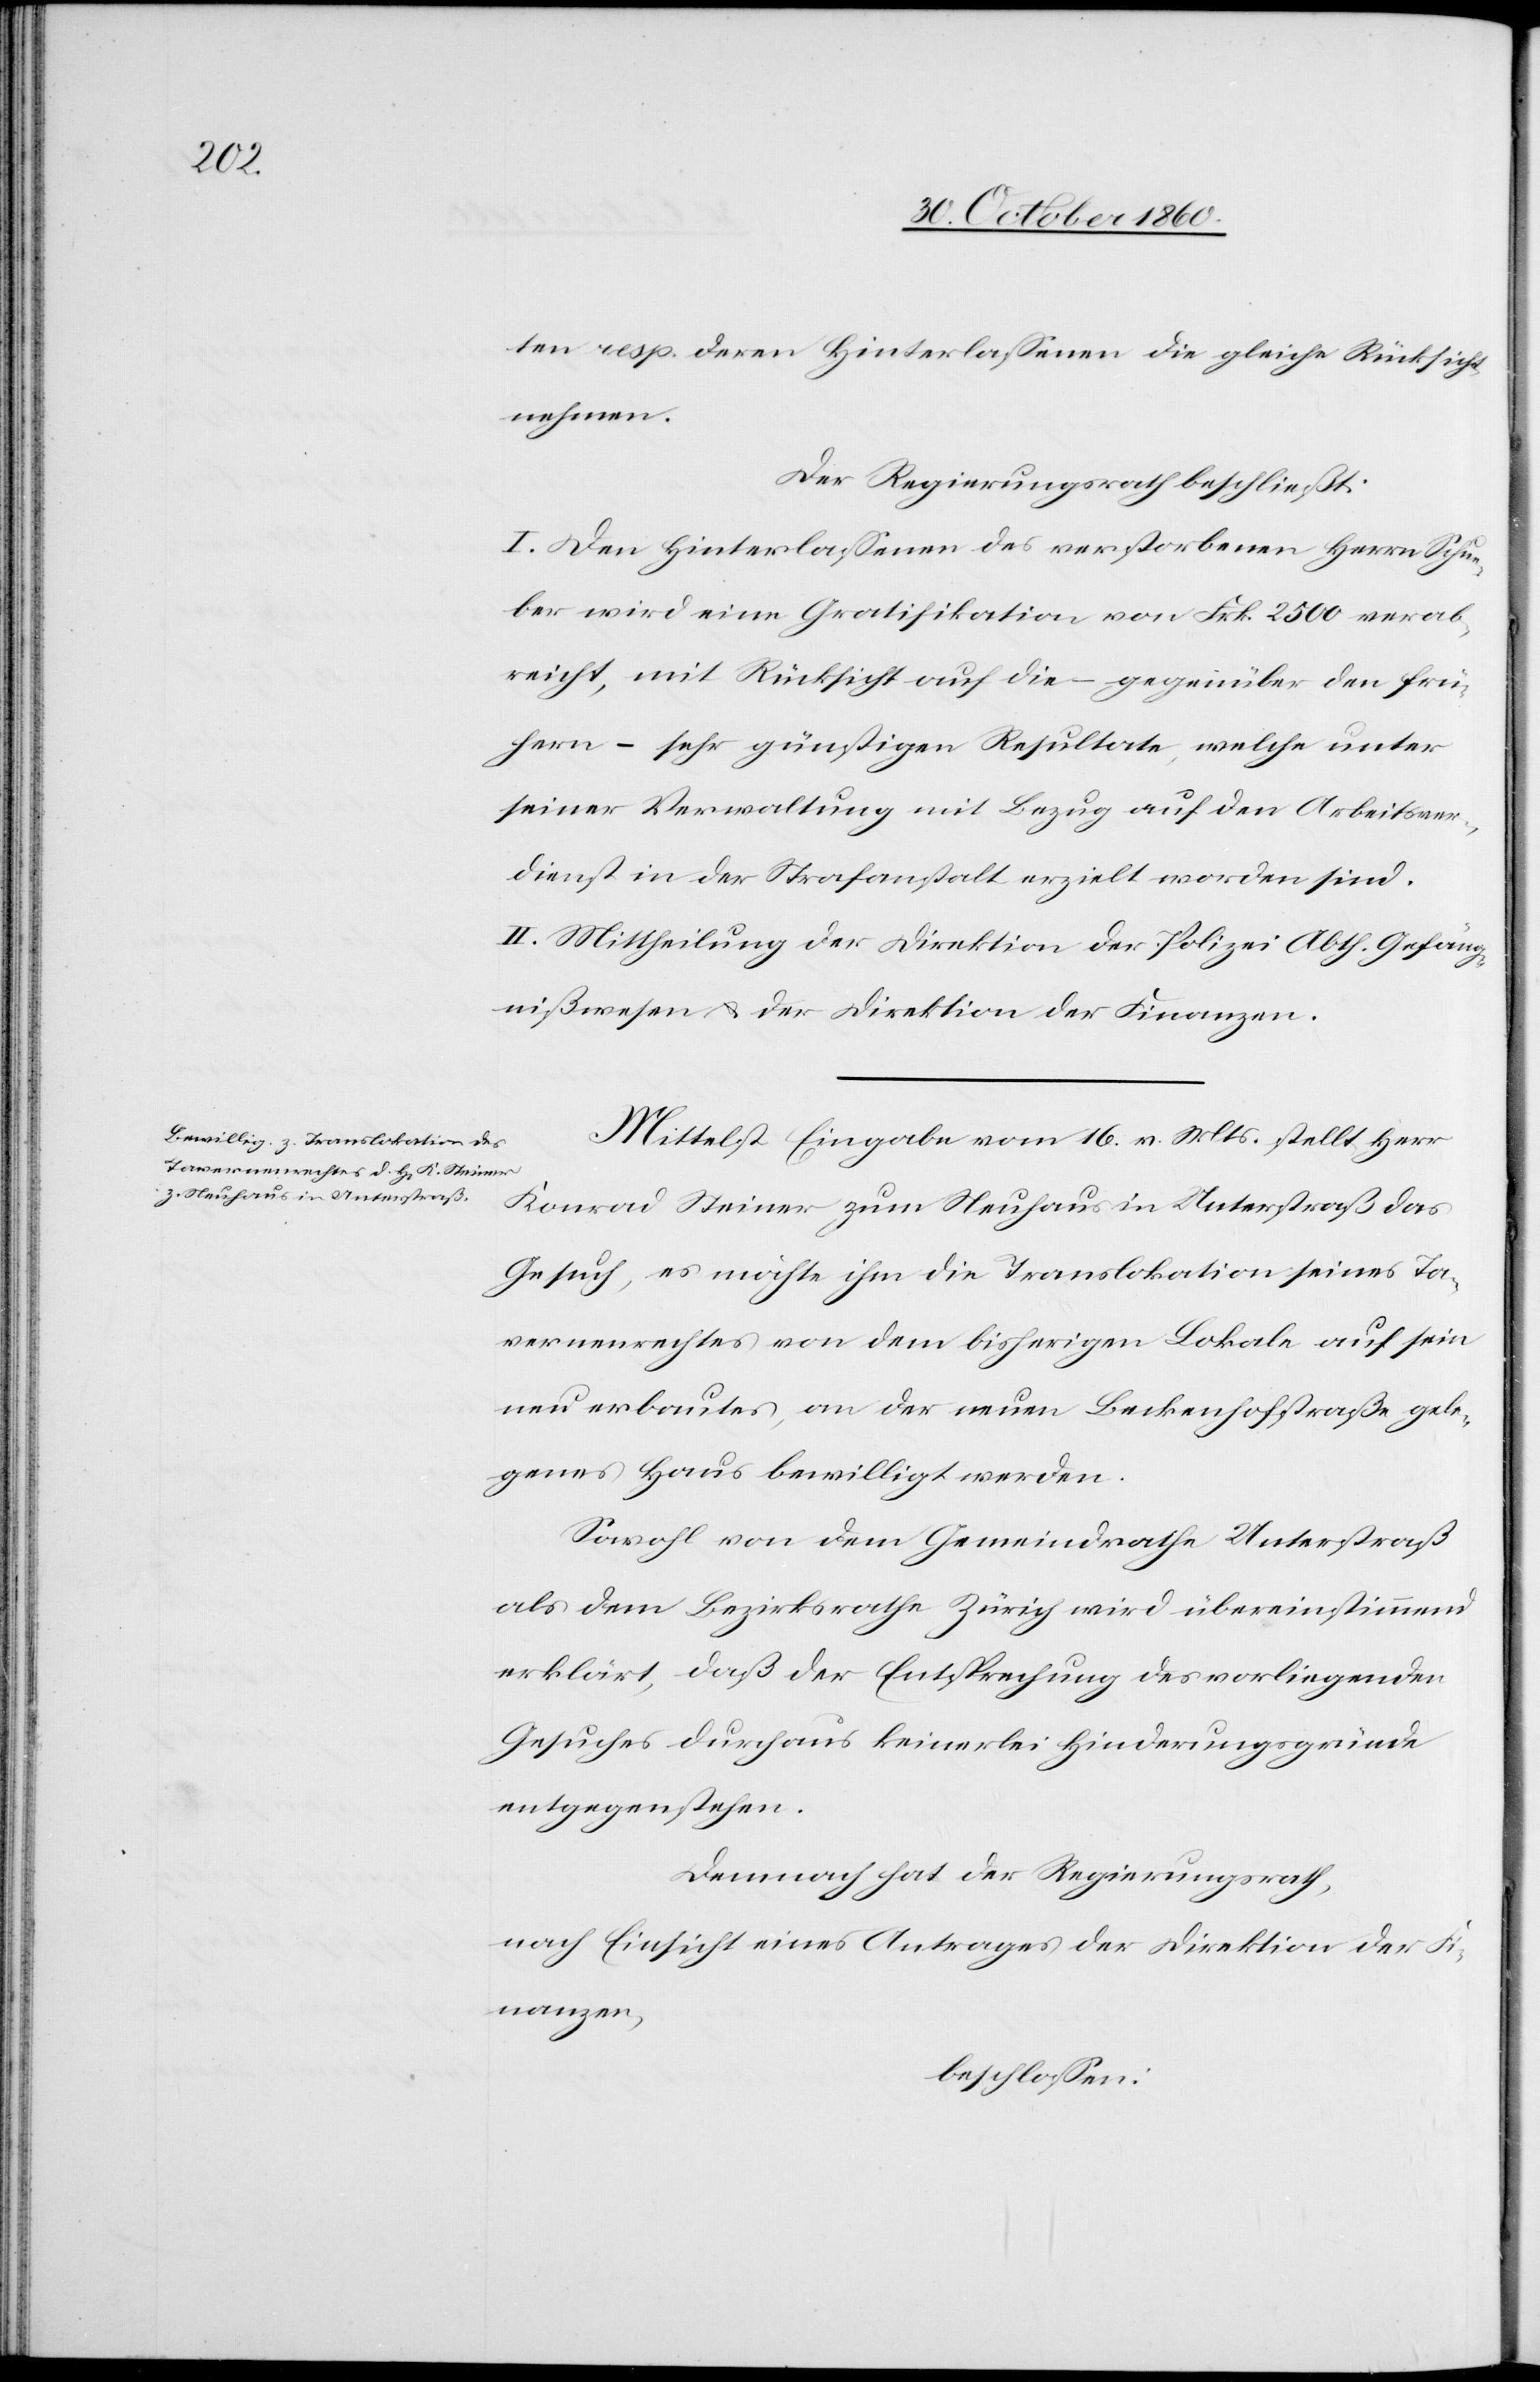
ten resp. deren Hinterlassenen die gleiche Rücksicht
nehmen.
Der Regierungsrath beschließt:
I. Den Hinterlassenen des verstorbenen Herrn Schue¬
ber wird eine Gratifikation von Frk. 2500 verab¬
reicht, mit Rücksicht auf die – gegenüber den frü¬
hern – sehr günstigen Resultate[n], welche unter
seiner Verwaltung mit Bezug auf den Arbeitsver¬
dienst in der Strafanstalt erzielt worden sind.
II. Mittheilung der Direktion der Polizei Abth. Gefäng¬
nißwesen u. der Direktion der Finanzen.
Mittelst Eingabe vom 16. v. Mts. stellt Herr
Konrad Steiner, zum Neuhaus in Unterstraß das
Gesuch, es möchte ihm die Translokation seines Ta¬
vernenrechtes von dem bisherigen Lokale auf sein
neu erbautes, an der neuen Beckenhofstraße gele¬
genes Haus bewilligt werden.
Sowohl von dem Gemeindrathe Unterstraß
als dem Bezirksrathe Zürich wird übereinstimmend
erklärt, daß der Entsprechung des vorliegenden
Gesuches durchaus keinerlei Hinderungsgründe
entgegenstehen.
Demnach hat der Regierungsrath,
nach Einsicht eines Antrages der Direktion der Fi¬
nanzen,
beschlossen: